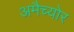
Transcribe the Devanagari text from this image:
अमैच्योर